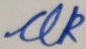
Text: UK